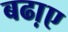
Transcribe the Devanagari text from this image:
बढा़ए